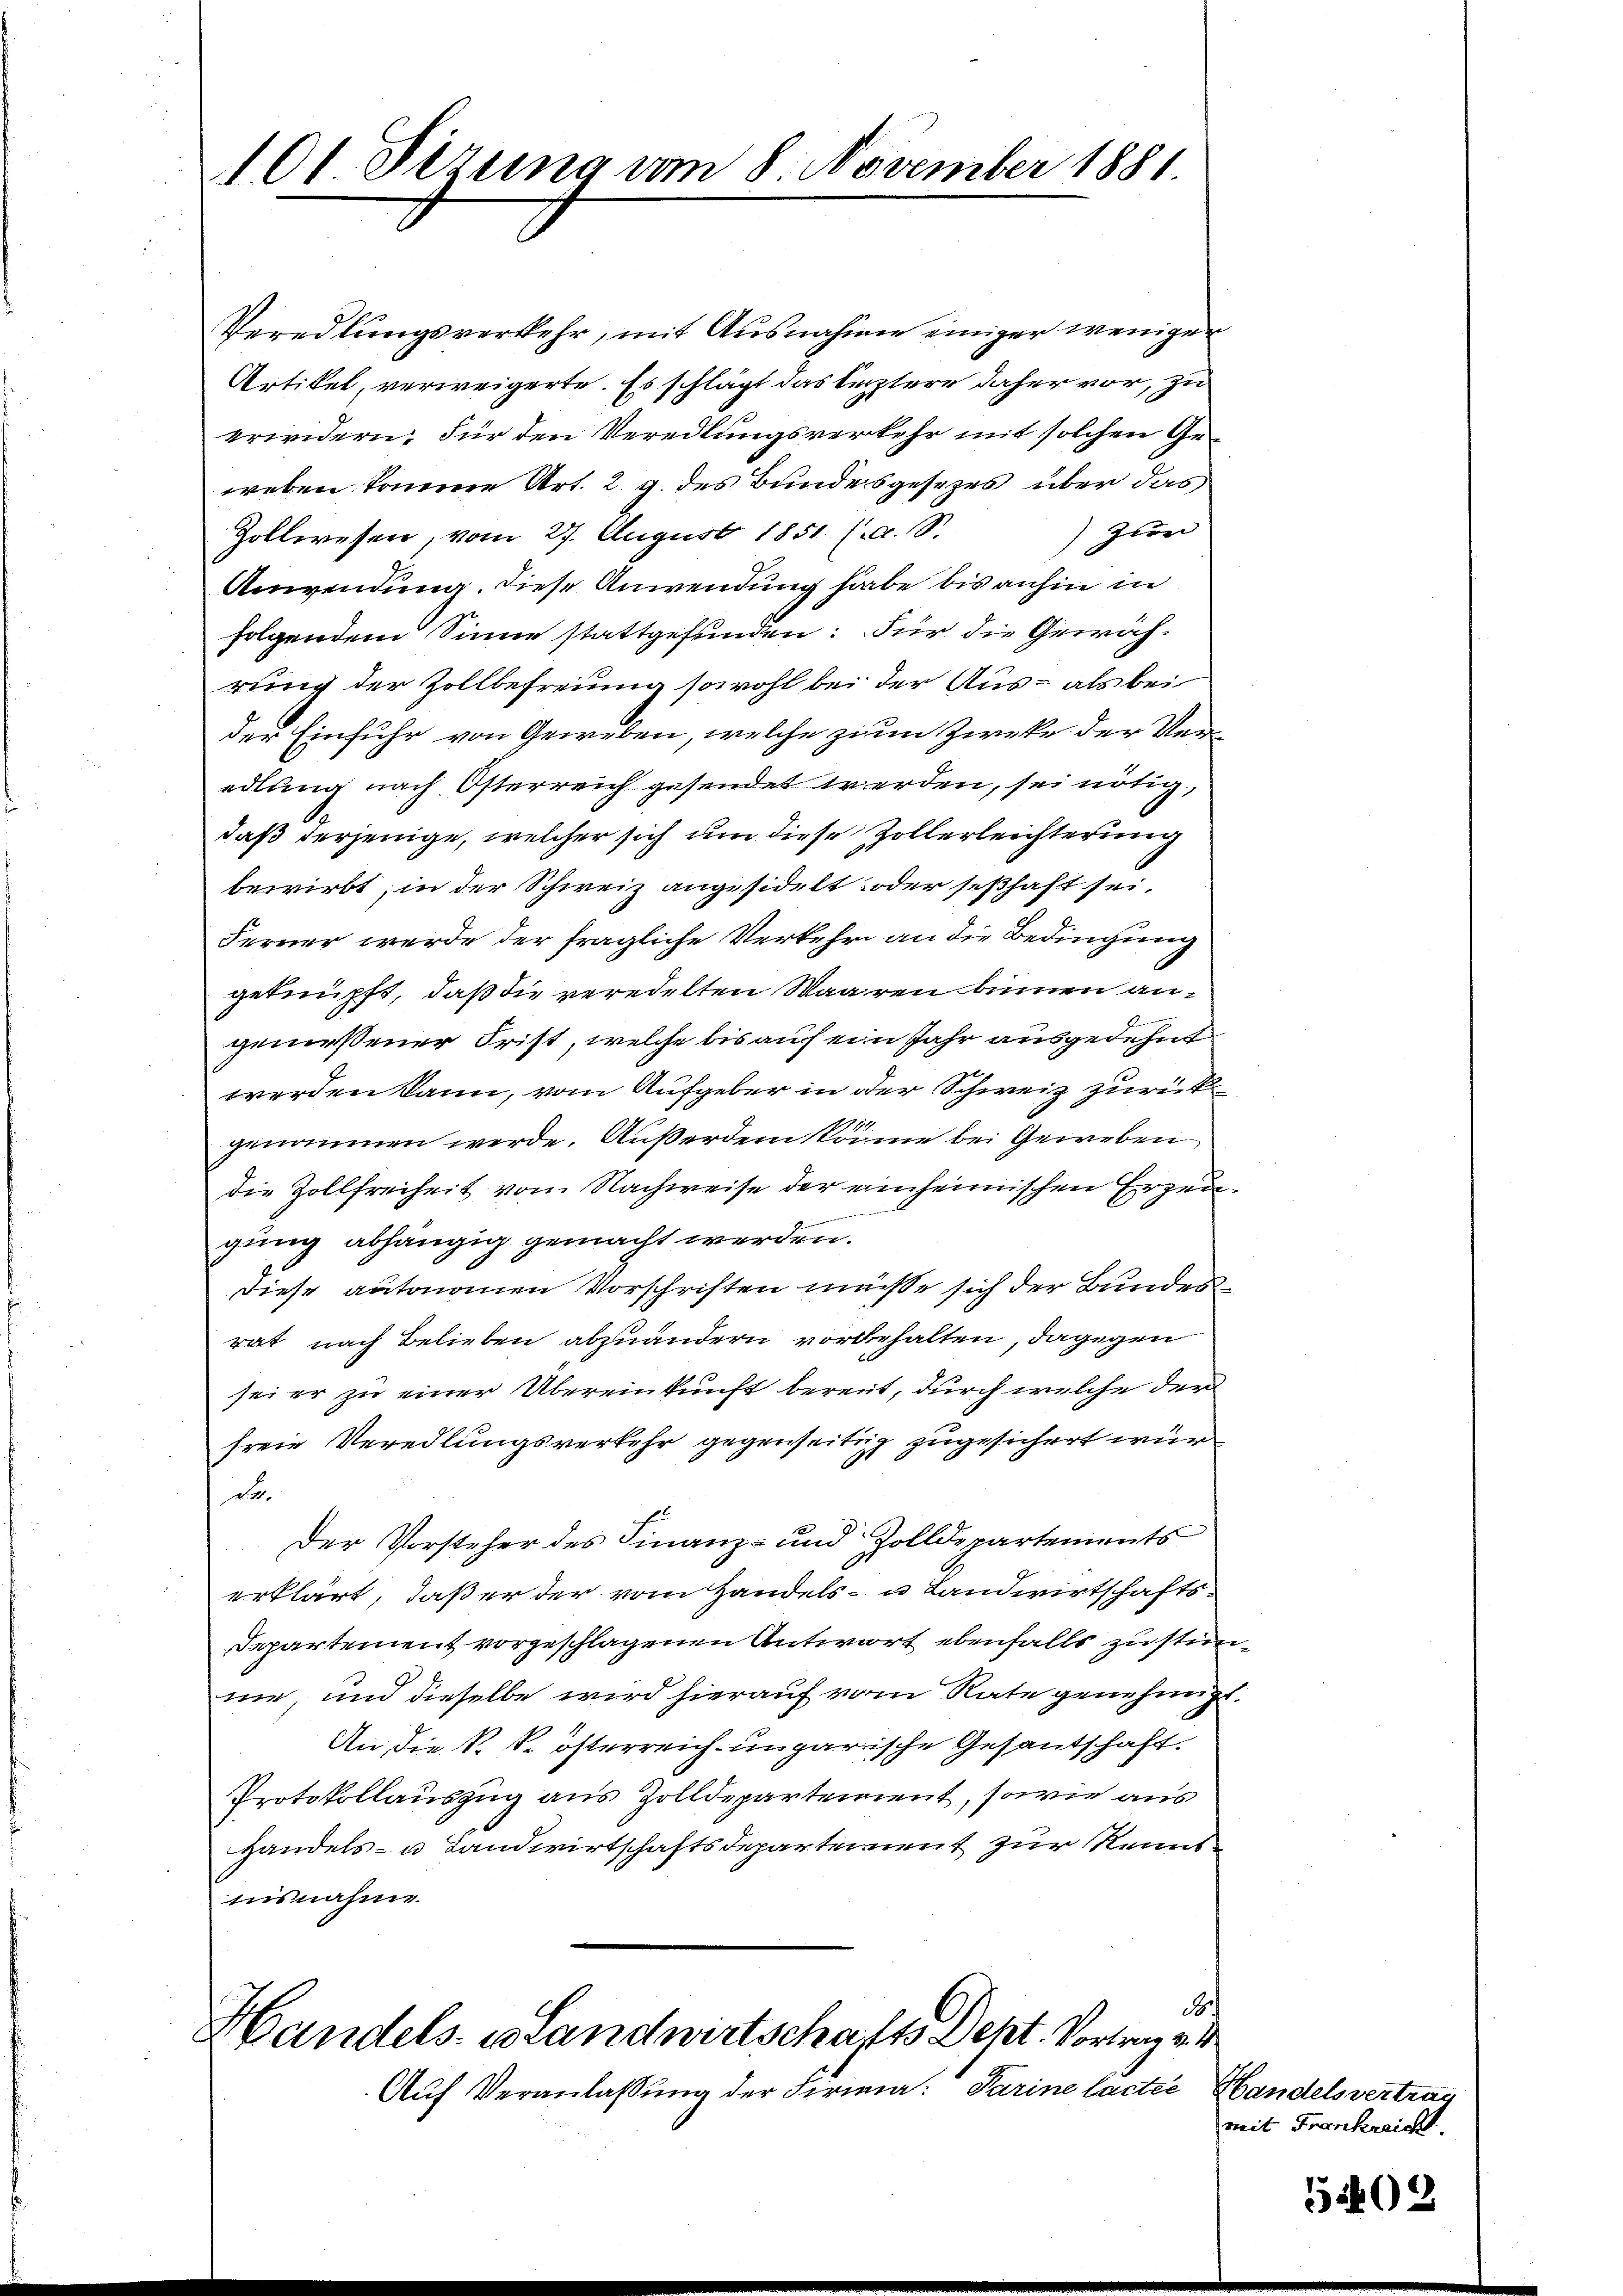
101 Sezung am 8 November 1881

Veredlungsverkehr, mit Ausnahme einiger weniger
Artikel, verweigerte. Es schlägt das leztere daher vor, zu
erwidern. Für den Veredlungsverkehr mit solchen Geweben komme Art. 2. g. des Bundesgesezes über das
Zum
Zollwesen, vom 27. August 1851 (a. S.
Anwendung, diese Anwendung habe bis anhin in
folgendem Sinne stattgefunden: Für die Gewäch-
rung der Zollbefreiung sowohl bei der Aus- als bei
der Einfuhr von Geweben, welche zum Zwecke der Veredlung nach Osterreich gesendet werden, sei nötig,
daß derjenige, welcher sich um diese Zollerleichterung
bewirbt, in der Schweiz angesidelt oder seßhaft sei.
Ferner werde der fragliche Verkehr an die Bedingung
geknüpft, daß die veredelten Waaren binnen angemessener Frist, welche bis auf ein Jahr ausgedehnt
werden kann, vom Aufgeber in der Schweiz zurück
genommen werde. Außerdem könne bei Geweben
die Zollfreiheit vom Nachweise der einheimischen Erzeuaunermeisteres ein ge
gung abhängig gemacht werden.
Diese autonomen Vorschriften müsse sich der Bundesrat nach Belieben abzuändern vorbehalten, dagegen
sei er zu einer Übereinkunft bereit, durch welche der
freie Veredlungsverkehr gegenseitig zugesichert wur
de.
Der Vorsteher des Finanz- und Zolldepartements
erklärt, daß er der vom Handels- u Landwirtschafts¬
Departement vorgeschlagenen Antwort ebenfalls zu stimme, und dieselbe wird hierauf vom Rate genehmigt.
An die k. k. österreich-ungarische Gesantschaft.
Protokollauszug aus Zolldepartement, sowie aus
Handels- u Landwirtschaftsdepartement zur Kenntnisnahme.
.
Handels es Landwirtschafts Dept. Vortrag v.
Auf Veranlassung der Firma: Parine lacte Handelsvertrag

mit Frankreicht.

5402